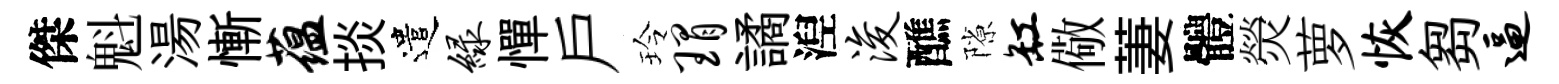
傑魁湯慚蕴掞遣绿憚户玲瑁譎湼浚醮隙缸儆萋體熒萝恢芻逼